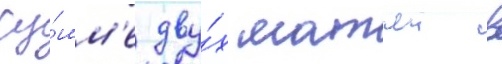
су́мм'е дву́х матчеи в